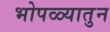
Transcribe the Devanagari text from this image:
भोपळ्यातुन